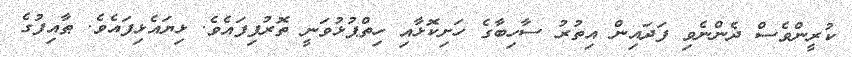
ކުރީންވެސް ދެންނެވި ފަދައިން އިތުރު ސާހިބާގެ ހަށިކޮޅާއި ހިތްޕުޅުވަނީ ތޮރުފިފައެވެ. ޅިޔައެޅިފައެވެ. ޠާއިފުގެ